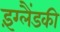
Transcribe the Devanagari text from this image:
इंग्लैंडकी